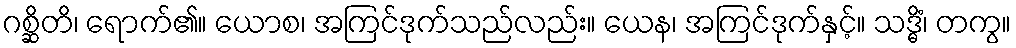
ဂစ္ဆိတိ၊ ရောက်၏။ ယောစ၊ အကြင်ဒုက်သည်လည်း။ ယေန၊ အကြင်ဒုက်နှင့်။ သဒ္ဓိံ၊ တကွ။